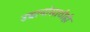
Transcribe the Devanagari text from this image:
उद्यानांसाठीही